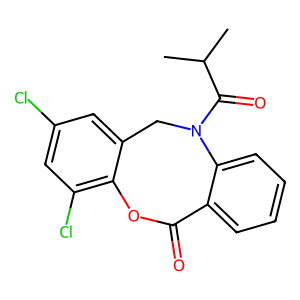
SMILES: CC(C)C(=O)N1Cc2cc(Cl)cc(Cl)c2OC(=O)c2ccccc21
Inhibits HIV replication: No